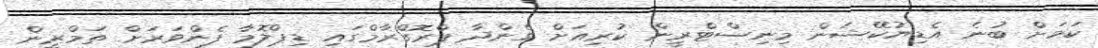
ކަމަށް ބުނެ އެޑިޔުކޭޝަން މިނިސްޓްރީން ކުރިއަށް ގެންދާ ޕްރޮގްރާމްގައި ޑިޕްލޮމާ ފެންވަރަށް ތަމްރީން